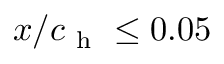
x / c _ { \mathrm { ~ h ~ } } \leq 0 . 0 5